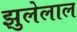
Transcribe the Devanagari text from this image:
झुलेलाल